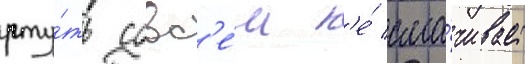
рту́ть совс'е́м н'е́ сма́чивает